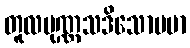
တူလပုဏ္ဏသဒိသောပမာ